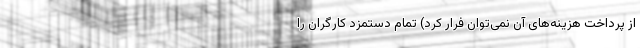
از پرداخت هزینه‌های آن نمی‌توان فرار کرد) تمام دستمزد کارگران را